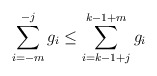
\begin{align*} \sum_{i=-m}^{-j}g_i\le \sum_{i=k-1+j}^{k-1+m}g_i \end{align*}